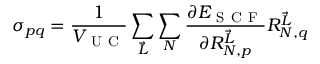
\sigma _ { p q } = \frac { 1 } { V _ { \mathrm { ~ U ~ C ~ } } } \sum _ { \vec { L } } \sum _ { N } \frac { \partial E _ { \mathrm { ~ S ~ C ~ F ~ } } } { \partial R _ { N , p } ^ { \vec { L } } } R _ { N , q } ^ { \vec { L } }